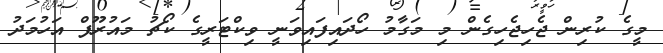
މީގެ ކުރިން ޖެހިޖެހިގެން މި މަގާމު ހޯދައިފައިވަނީ ވިކްޓަރީގެ ކޯޗު މައުރޫފް އަހުމަދު